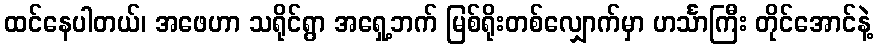
ထင်နေပါတယ်၊ အဖေဟာ သရိုင်ရွာ အရှေ့ဘက် မြစ်ရိုးတစ်လျှောက်မှာ ဟင်္သာကြီး တိုင်အောင်နဲ့